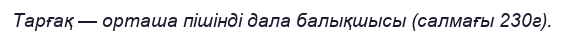
Тарғақ — орташа пішінді дала балықшысы (салмағы 230г).